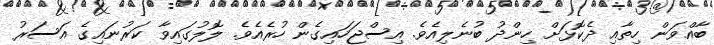
ބާއްވަން ހިތާއި ދެކޮޅަށް ހިންދު ބުނެލިއެވެ. އިސްޖަހައިގެން ހުރެއެވެ. ލޮލުގައިވާ ކަރުނައިގެ އަސަރު